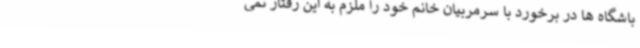
باشگاه ها در برخورد با سرمربیان خانم خود را ملزم به این رفتار نمی